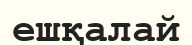
ешқалай